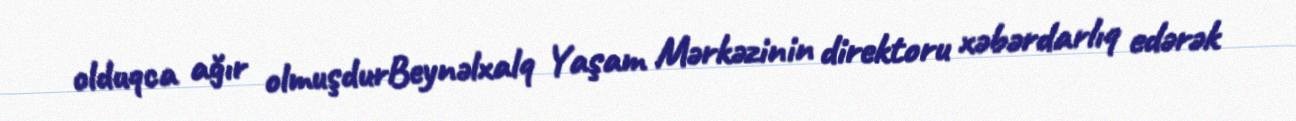
olduqca ağır olmuşdurBeynəlxalq Yaşam Mərkəzinin direktoru xəbərdarlıq edərək